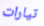
تيارات